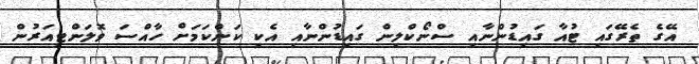
އޭގެ ތެރޭގައި ޓުއާ ގައިޑުންނާއި ސްނޯކްލިން ގައިޑުންނާއި އެކި ކަންކަމަށް ހާއްސަ ވޮލަންޓިއަރުން